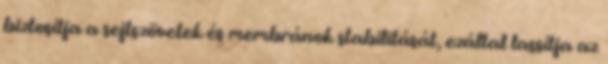
biztosítja a sejtszövetek és membránok stabilitását, ezáltal lassítja az